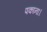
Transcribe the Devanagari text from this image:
पकाना।